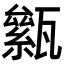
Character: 𤮎